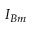
I _ { B m }